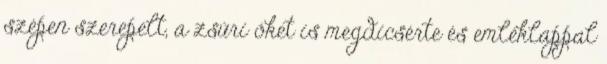
szépen szerepelt, a zsűri őket is megdicsérte és emléklappal